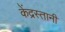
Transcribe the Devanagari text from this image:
केंद्रस्तानी